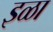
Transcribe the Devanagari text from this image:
इळा